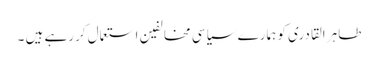
طاہر القادری کو ہمارے سیاسی مخالفین استعمال کررہے ہیں ۔